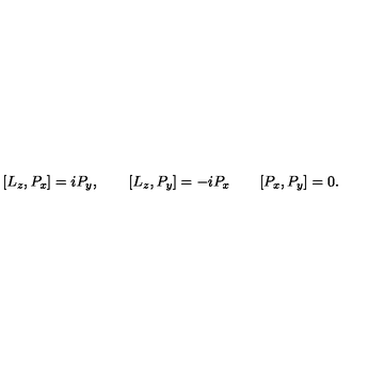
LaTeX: [ L _ { z } , P _ { x } ] = i P _ { y } , \qquad [ L _ { z } , P _ { y } ] = - i P _ { x } \qquad [ P _ { x } , P _ { y } ] = 0 .